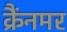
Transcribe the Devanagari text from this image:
क्रैंनमर